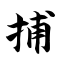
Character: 捕